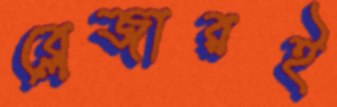
ব্লেজারই